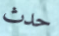
حدث